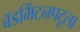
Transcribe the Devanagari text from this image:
बॅडमिंटनपटूला